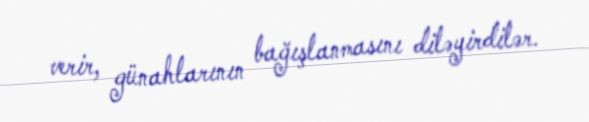
verir, günahlarının bağışlanmasını diləyirdilər.